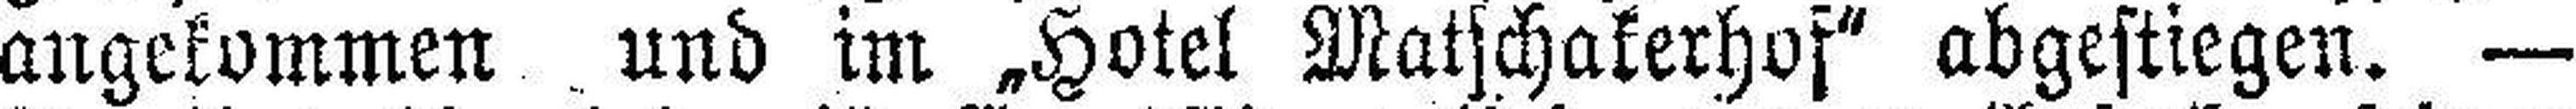
angekommen und im „Hotel Matschakerhof“ abgestiegen. —